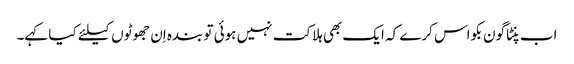
اب پنٹاگون بکواس کرے کہ ایک بھی ہلاکت نہیں ہوئی تو بندہ اِن جھوٹوں کیلئے کیا کہے۔